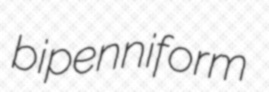
bipenniform